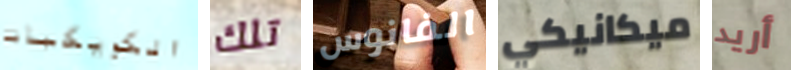
الكويكبات تلك الفانوس ميكانيكي أريد